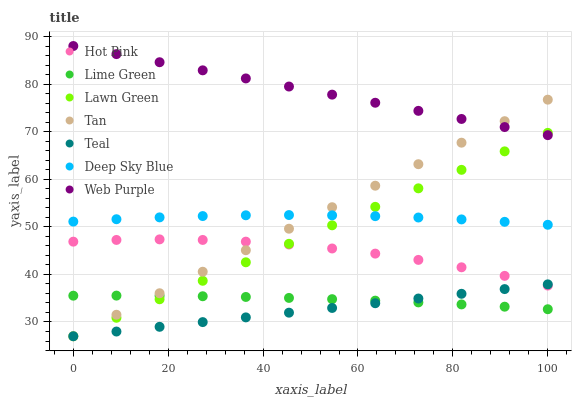
| xaxis_label | Hot Pink | Lime Green | Lawn Green | Tan | Teal | Deep Sky Blue | Web Purple |
 | --- | --- | --- | --- | --- | --- | --- | --- |
 | 0 | 46.9 | 35.5 | 27 | 27 | 27 | 51.1 | 88 |
 | 9.09 | 47.2 | 35.5 | 30.9 | 31.5 | 28 | 51.6 | 86.3 |
 | 18.2 | 47.4 | 35.5 | 34.8 | 36 | 29 | 52 | 84.6 |
 | 27.3 | 47.2 | 35.4 | 38.7 | 40.6 | 30 | 52.3 | 82.9 |
 | 36.4 | 46.9 | 35.3 | 42.5 | 45.1 | 31 | 52.4 | 81.2 |
 | 45.5 | 46.3 | 35.1 | 46.4 | 49.6 | 32 | 52.5 | 79.5 |
 | 54.5 | 45.4 | 34.8 | 50.3 | 54.1 | 32.9 | 52.4 | 77.8 |
 | 63.6 | 44.4 | 34.5 | 54.2 | 58.6 | 33.9 | 52.2 | 76.1 |
 | 72.7 | 43 | 34.1 | 58.1 | 63.2 | 34.9 | 52 | 74.4 |
 | 81.8 | 41.5 | 33.7 | 62 | 67.7 | 35.9 | 51.6 | 72.7 |
 | 90.9 | 39.7 | 33.2 | 65.9 | 72.2 | 36.9 | 51 | 71 |
 | 100 | 37.7 | 32.7 | 69.7 | 76.7 | 37.9 | 50.4 | 69.3 |